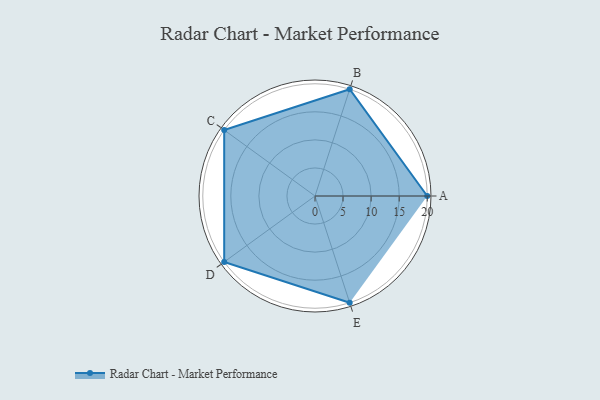
{"axis": {"x": "Skill", "y": "Score"}, "legend": ["Profile"], "data": [{"x": "A", "y": 20.0, "type": "Profile"}, {"x": "B", "y": 20, "type": "Profile"}, {"x": "C", "y": 20, "type": "Profile"}, {"x": "D", "y": 20, "type": "Profile"}, {"x": "E", "y": 20, "type": "Profile"}]}